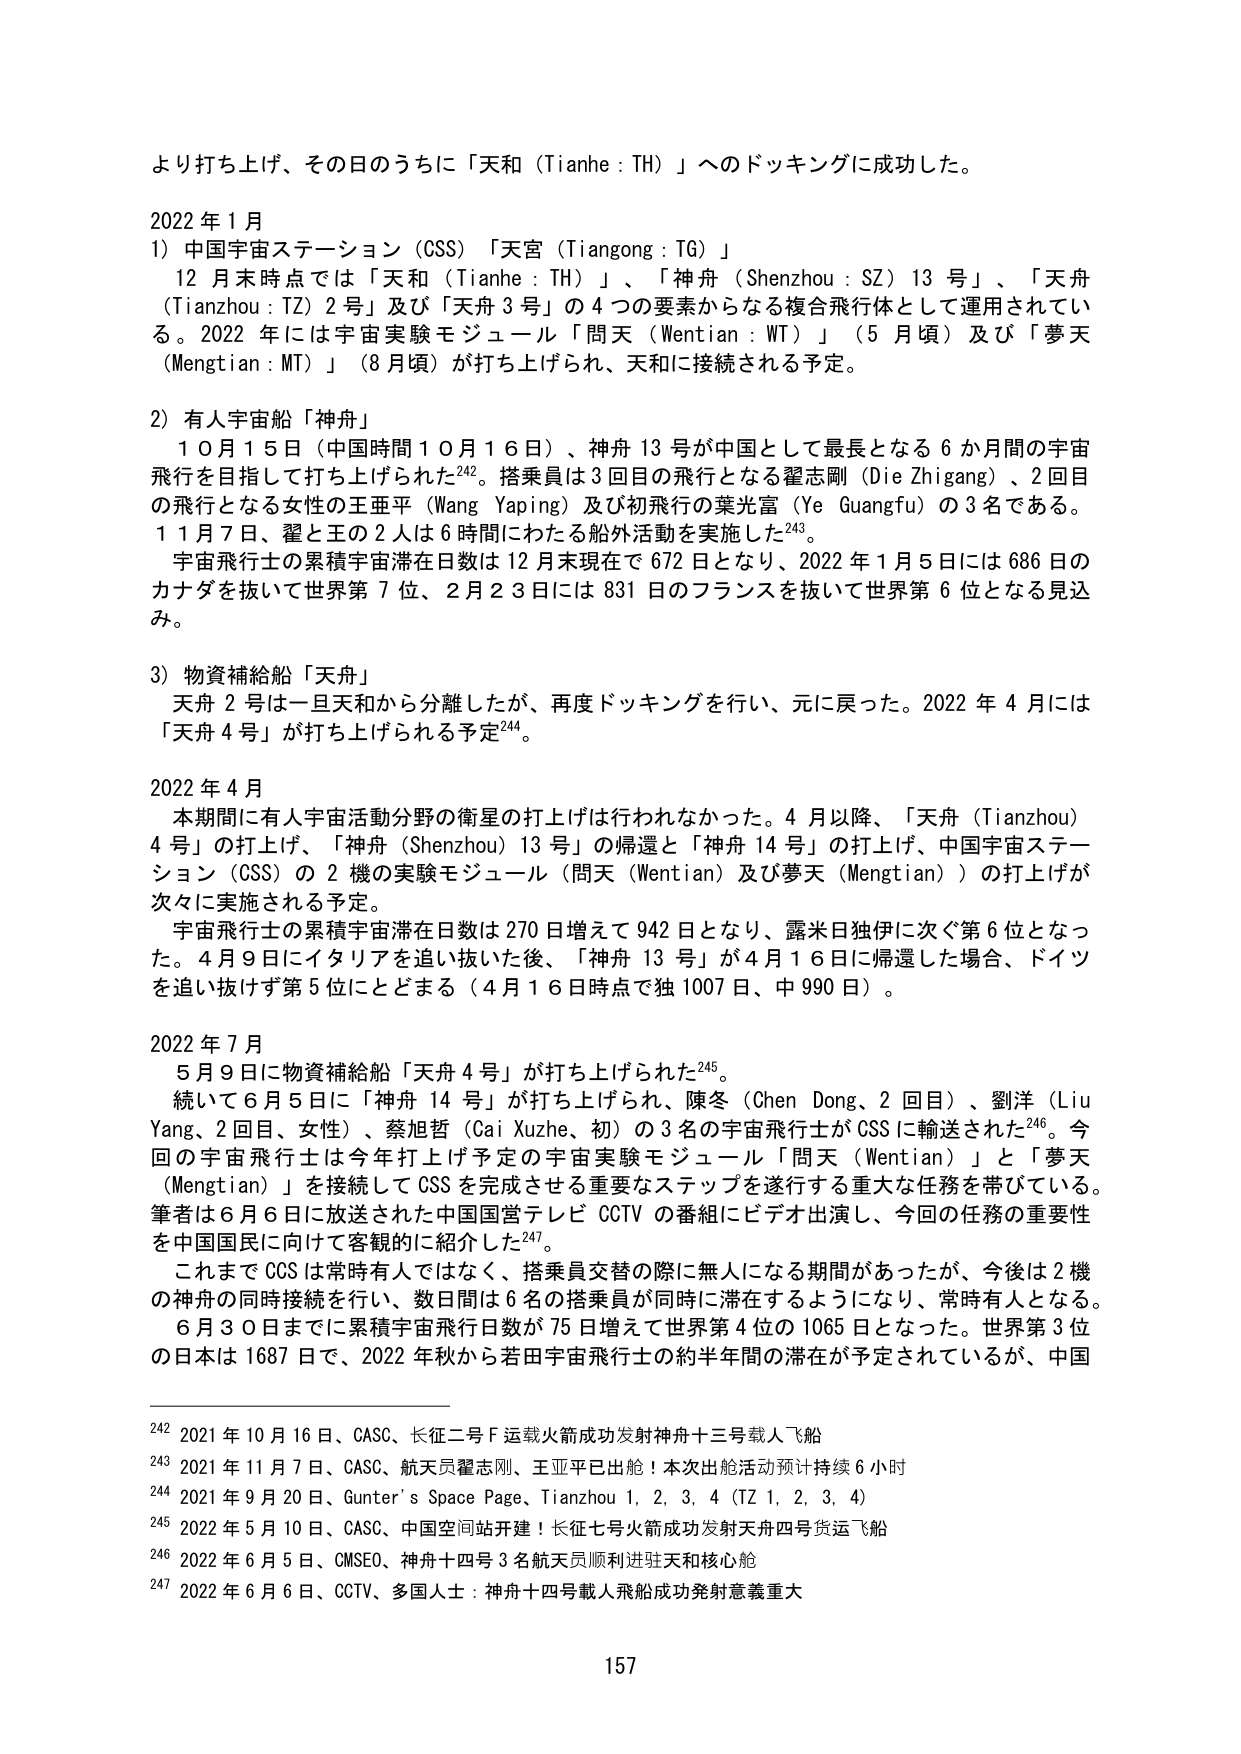
より打ち上げ、その日のうちに「天和（Tianhe : TH）」へのドッキングに成功した。

2022年1月
1）中国宇宙ステーション（CSS）「天宮（Tiangong : TG）」
　12月末時点では「天和（Tianhe : TH）」、「神舟（Shenzhou : SZ）13号」、「天舟（Tianzhou : TZ）2号」及び「天舟3号」の4つの要素からなる複合飛行体として運用されている。2022年には宇宙実験モジュール「問天（Wentian : WT）」（5月頃）及び「夢天（Mengtian : MT）」（8月頃）が打ち上げられ、天和に接続される予定。

2）有人宇宙船「神舟」
　10月15日（中国時間10月16日）、神舟13号が中国として最長となる6か月間の宇宙飛行を目指して打ち上げられた242。搭乗員は3回目の飛行となる翟志剛（Die Zhigang）、2回目の飛行となる女性の王亜平（Wang Yaping）及び初飛行の葉光富（Ye Guangfu）の3名である。
　11月7日、翟と王の2人は6時間にわたる船外活動を実施した243。
　宇宙飛行士の累積宇宙滞在日数は12月末現在で672日となり、2022年1月5日には686日のカナダを抜いて世界第7位、2月23日には831日のフランスを抜いて世界第6位となる見込み。

3）物資補給船「天舟」
　天舟2号は一旦天和から分離したが、再度ドッキングを行い、元に戻った。2022年4月には「天舟4号」が打ち上げられる予定244。

2022年4月
　本期間に有人宇宙活動分野の衛星の打上げは行われなかった。4月以降、「天舟（Tianzhou）4号」の打上げ、「神舟（Shenzhou）13号」の帰還と「神舟14号」の打上げ、中国宇宙ステーション（CSS）の2機の実験モジュール（問天（Wentian）及び夢天（Mengtian））の打上げが次々に実施される予定。
　宇宙飛行士の累積宇宙滞在日数は270日増えて942日となり、露米日独伊に次ぐ第6位となった。4月9日にイタリアを追い抜いた後、「神舟13号」が4月16日に帰還した場合、ドイツを追い抜けず第5位にとどまる（4月16日時点で独1007日、中990日）。

2022年7月
　5月9日に物資補給船「天舟4号」が打ち上げられた245。
　続いて6月5日に「神舟14号」が打ち上げられ、陳冬（Chen Dong、2回目）、劉洋（Liu Yang、2回目、女性）、蔡旭哲（Cai Xuzhe、初）の3名の宇宙飛行士がCSSに輸送された246。今回の宇宙飛行士は今年打上げ予定の宇宙実験モジュール「問天（Wentian）」と「夢天（Mengtian）」を接続してCSSを完成させる重要なステップを遂行する重大な任務を帯びている。筆者は6月6日に放送された中国国営テレビCCTVの番組にビデオ出演し、今回の任務の重要性を中国国民に向けて客観的に紹介した247。
　これまでCSSは常時有人ではなく、搭乗員交替の際に無人になる期間があったが、今後は2機の神舟の同時接続を行い、数日間は6名の搭乗員が同時に滞在するようになり、常時有人となる。
　6月30日までに累積宇宙飛行日数が75日増えて世界第4位の1065日となった。世界第3位の日本は1687日で、2022年秋から若田宇宙飛行士の約半年間の滞在が予定されているが、中国

242 2021年10月16日、CASC、长征二号F运载火箭成功发射神舟十三号载人飞船
243 2021年11月7日、CASC、航天员翟志刚、王亚平已出舱！本次出舱活动预计持续6小时
244 2021年9月20日、Gunter's Space Page、Tianzhou 1, 2, 3, 4 (TZ 1, 2, 3, 4)
245 2022年5月10日、CASC、中国空间站开建！长征七号火箭成功发射天舟四号货运飞船
246 2022年6月5日、CMSEO、神舟十四号3名航天员顺利进驻天和核心舱
247 2022年6月6日、CCTV、多国人士：神舟十四号载人飞船成功发射意义重大

157